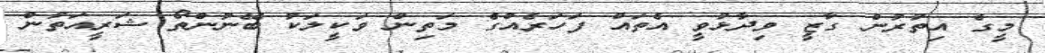
މީގެ އިތުރުން ގާޒީ ވިދާޅުވީ އެތައް ފަހަރެއްގެ މަތިން ވަކީލަކު ބޭނުންތޯ ޝަރީއަތުން